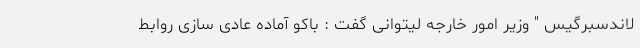
لاندسبرگیس " وزیر امور خارجه لیتوانی گفت : باکو آماده عادی سازی روابط